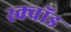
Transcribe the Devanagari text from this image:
स्क्वॉड